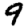
Digit: 9